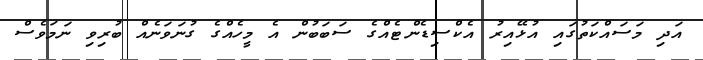
އަދި މަސައްކަތުގައި އުޅޭއިރު އެކްސިޑެންޓެއްގެ ސަބަބުން އެ މީހެއްގެ ގުނަވަނެއް ބުރިވި ނަމަވެސް